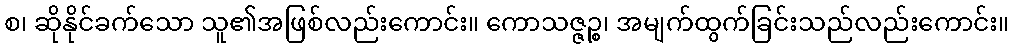
စ၊ ဆိုနိုင်ခက်သော သူ၏အဖြစ်လည်းကောင်း။ ကောသဇ္ဇဉ္စ၊ အမျက်ထွက်ခြင်းသည်လည်းကောင်း။